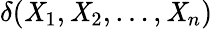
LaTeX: \delta(\mathit{X}_{1},\mathit{X}_{2},\ldots,\mathit{X}_{n})